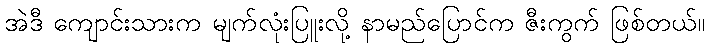
အဲဒီ ကျောင်းသားက မျက်လုံးပြူးလို့ နာမည်ပြောင်က ဇီးကွက် ဖြစ်တယ်။